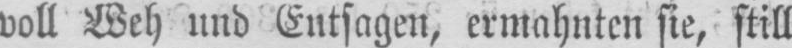
voll Weh und Entsagen, ermahnten sie, still